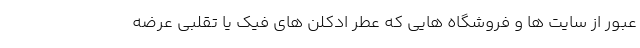
عبور از سایت ها و فروشگاه هایی که عطر ادکلن های فیک یا تقلبی عرضه